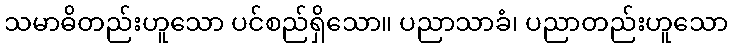
သမာဓိတည်းဟူသော ပင်စည်ရှိသော။ ပညာသာခံ၊ ပညာတည်းဟူသော